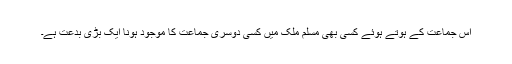
اس جماعت کے ہوتے ہوئے کسی بھی مسلم ملک میں کسی دوسری جماعت کا موجود ہونا ایک بڑی بدعت ہے۔